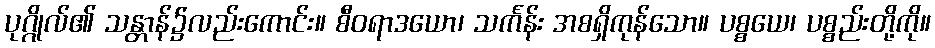
ပုဂ္ဂိုလ်၏ သန္တာန်၌လည်းကောင်း။ စီဝရာဒယော၊ သင်္ကန်း အစရှိကုန်သော။ ပစ္စယေ၊ ပစ္စည်းတို့ကို။